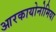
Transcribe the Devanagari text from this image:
आरकायोनोमिया